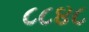
૮૮૪૮